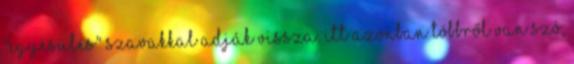
"egyesülés" szavakkal adják vissza. Itt azonban többről van szó,